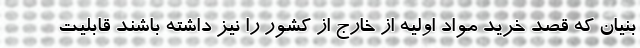
بنیان که قصد خرید مواد اولیه از خارج از کشور را نیز داشته باشند قابلیت